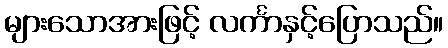
များသောအားဖြင့် လင်္ကာနှင့်ပြောသည်။